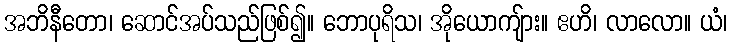
အဘိနီတော၊ ဆောင်အပ်သည်ဖြစ်၍။ ဘောပုရိသ၊ အိုယောကျ်ား။ ဧဟိ၊ လာလော။ ယံ၊